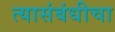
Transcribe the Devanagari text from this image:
त्यासंबंधीचा